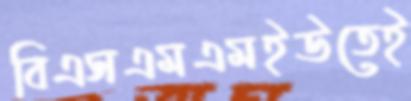
বিএসএমএমইউতেই